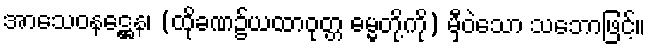
အာသေဝနဋ္ဌေန၊ (ထိုခဏ၌ယထာဝုတ္တ ဓမ္မတို့ကို) မှီဝဲသော သဘောဖြင့်။